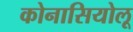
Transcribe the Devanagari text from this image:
कोनासियोलू